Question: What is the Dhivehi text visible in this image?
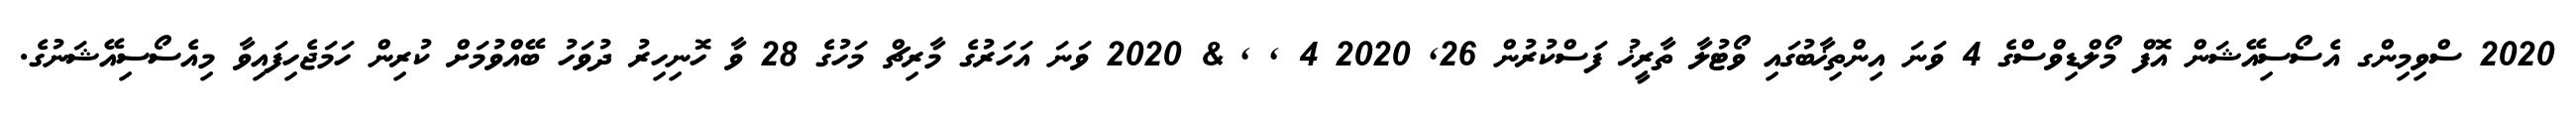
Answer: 2020 ސްވިމިންގ އެސޯސިއޭޝަން އޮފް މޯލްޑިވްސްގެ 4 ވަނަ އިންތިޚާބުގައި ވޯޓުލާ ތާރީޚު ފަސްކުރުން 26, 2020 4 , , & 2020 ވަނަ އަހަރުގެ މާރިޗް މަހުގެ 28 ވާ ހޮނިހިރު ދުވަހު ބޭއްވުމަށް ކުރިން ހަމަޖެހިފައިވާ މިއެސޯސިއޭޝަނުގެ.